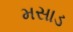
મસાડ